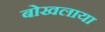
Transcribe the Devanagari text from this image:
बोखलाया